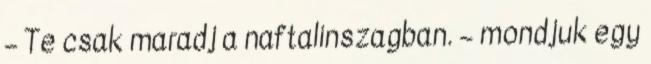
– Te csak maradj a naftalinszagban. – mondjuk egy